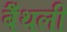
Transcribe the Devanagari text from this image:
बैँथली